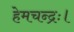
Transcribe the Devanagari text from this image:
हेमचन्द्रः।